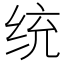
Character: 统